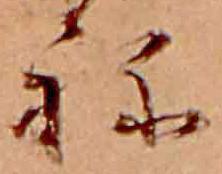
ね